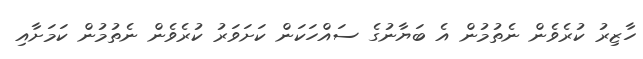
ހާޒިރު ކުރެވެން ނެތުމުން އެ ބަޔާނުގެ ސައްހަކަން ކަށަވަރު ކުރެވެން ނެތުމުން ކަމަށާއި